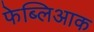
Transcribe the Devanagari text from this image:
फेब्लिआक